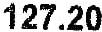
127.20